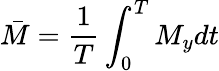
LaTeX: \bar{M}=\frac{1}{T}\int_{0}^{T}M_{y}dt